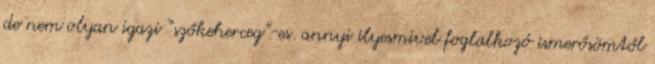
de nem olyan igazi “szőkeherceg”-es. annyi ilyesmivel foglalkozó ismerősömtől